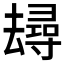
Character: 𱑭